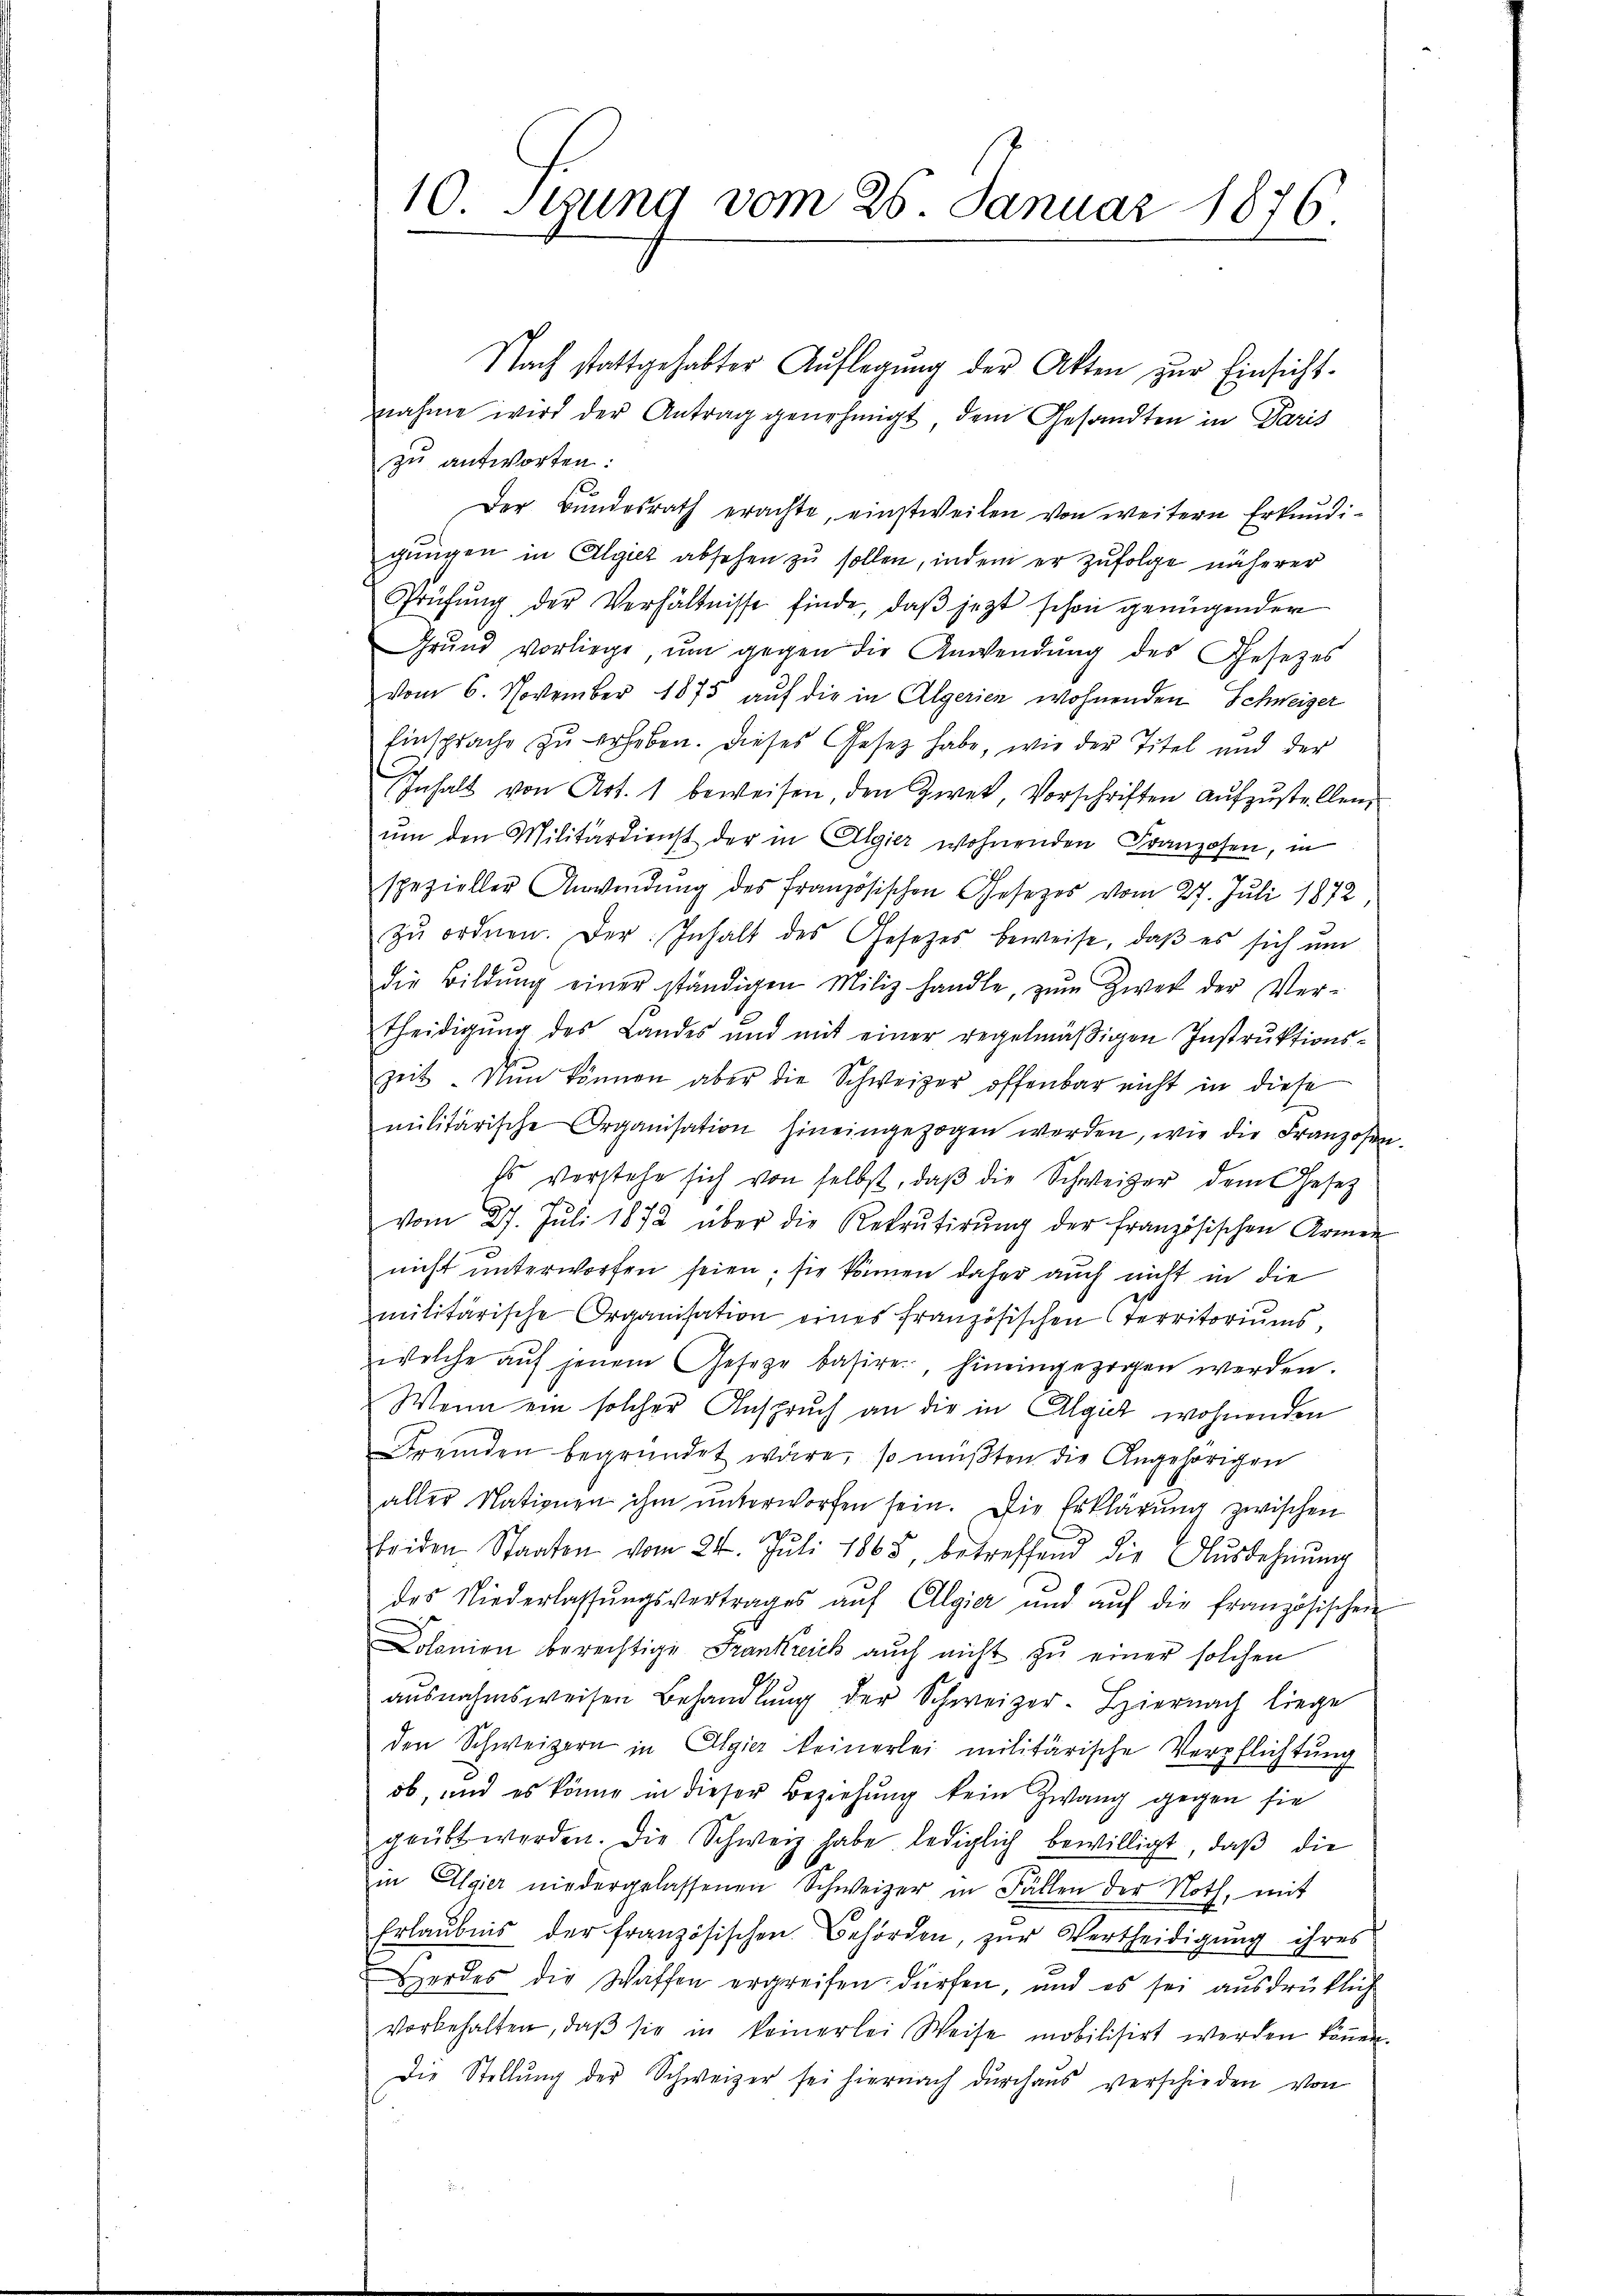
10. Stung vom 26. Januar 1876

Nach stattgehabter Auflegŭng der Akten zur Einsicht-
nahme wird der Antrag genehmigt, dem Gesandten in Paris
zu antworten:
Der Bŭndesrath erachte, einstweilen von weitern Erkundi-
gungen in Algiez absehen zu sollen, indem er zufolge näherer
Prüfŭng der Verhältnisse finde, daβ jezt schon genügender
Grŭnd vorliege, ŭm gegen die Anwendŭng des Gesetzes
vom 6. November 1875 auf die in Algerien wohnenden Schweizer
Einsprache zu erheben. Dieses Gesetz habe, wie der Titel und der
Inhalt von Art. 1 beweisen, den Zwet, Vorschriften aŭfzŭstellen,
um den Militärdienst der in Algier wohnenden Franzosen, in
spezieller Anwendŭng des französischen Gesetzes vom 27. Juli 1872,
zŭ ordnen. Der Inhalt des Gesetzes beweise, daβ es sich ŭm
Die Bildŭng einer ständigen Miliz handle, zŭm Zwei der Ver-
theidigŭng des Landes und mit einer regelmäβigen Instrŭktions-
zeit. Nun können aber die Schweizer offenbar nicht in diese
militärische Organisation hineingezogen werden, wie die Franzosen.
Es verstehe sich von selbst, daβ die Schweizer dem Gesetz
vom 27. Jŭli 1872 über die Rekrŭtirŭng der französischen Armen
nicht unterworfen seien; sie können daher auch nicht in die
militärische Organisation eines französischen Territoriums,
welche aŭf jenem Geseze basire, hineingezogen werden.
Wenn ein solcher Anspruch an die in Algie wohnenden
Fremden begründet wäre, so müßten die Angehörigen
aller Nationen ihm unterworfen sein. Die Erklärung zwischen
beiden Staaten vom 24. Juli 1865, betreffend die Ausdehnung
des Niederlassŭngsvertrages aŭf Algier und aŭf die französischen
Colonien berechtige Frankreich aŭch nicht zŭ einer solchen
aŭsnahmsweisen Behandlŭng der Schweizer- Hiernach liege
den Schweizern in Algier keinerlei militärische Verpflichtung
ob, und es könne in dieser Beziehung kein Zwang gegen sie
geübt werden. Die Schweiz habe lediglich bewilligt, daβ die
in Algier niedergelassenen Schweizer in Fällen der Noth, mit
Erlaubnis der französischen Behörden, zur Vertheidigung ihres
Herdes die Waffen ergreifen dürfen, und es sei ausdrüklich
vorbehalten, daβ sie in keinerlei Weise mobilisirt werden köṅen.
Die Stellung der Schweizer sei hiernach durchaus verschieden von